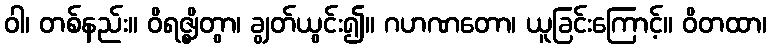
ဝါ၊ တစ်နည်း။ ဝိရဇ္ဈိတွာ၊ ချွတ်ယွင်း၍။ ဂဟဏတော၊ ယူခြင်းကြောင့်။ ဝိတထာ၊